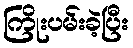
ကြိုးပမ်းခဲ့ပြီး